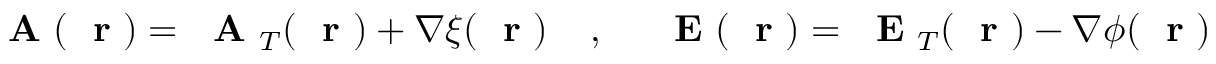
\mathrm { ~ \bf ~ A ~ } ( \mathrm { ~ \bf ~ r ~ } ) = \mathrm { ~ \bf ~ A ~ } _ { T } ( \mathrm { ~ \bf ~ r ~ } ) + \nabla \xi ( \mathrm { ~ \bf ~ r ~ } ) \; \; \; \; , \; \; \; \; \mathrm { ~ \bf ~ E ~ } ( \mathrm { ~ \bf ~ r ~ } ) = \mathrm { ~ \bf ~ E ~ } _ { T } ( \mathrm { ~ \bf ~ r ~ } ) - \nabla \phi ( \mathrm { ~ \bf ~ r ~ } )